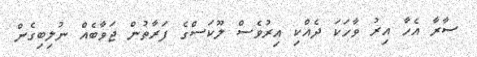
ސާރާ އެހާ އިރު ވާހަކަ ދެއްކި އިރުވެސް ލޫކަސްގެ ފަރާތުން ޖަވާބެއް ނުލިބިގެން